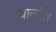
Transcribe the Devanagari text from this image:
स्थालांतर